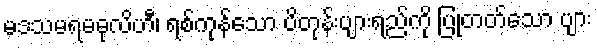
မဒသမရမဓုလိဟီ၊ ရစ်ကုန်သော ပိတုန်းပျားရည်ကို ပြုတတ်သော ပျား